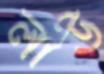
লাউ